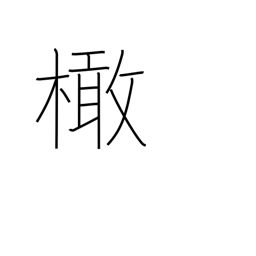
Meaning: olive